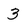
Character: 3